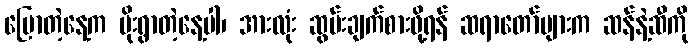
ပြောတဲ့နေ့က မိုးရွာတဲ့နေ့ပါ၊ အားလုံး ဆွမ်းချက်စားဖို့ရန် ဆရာတော်များက ဆန်နဲ့ဆီကို